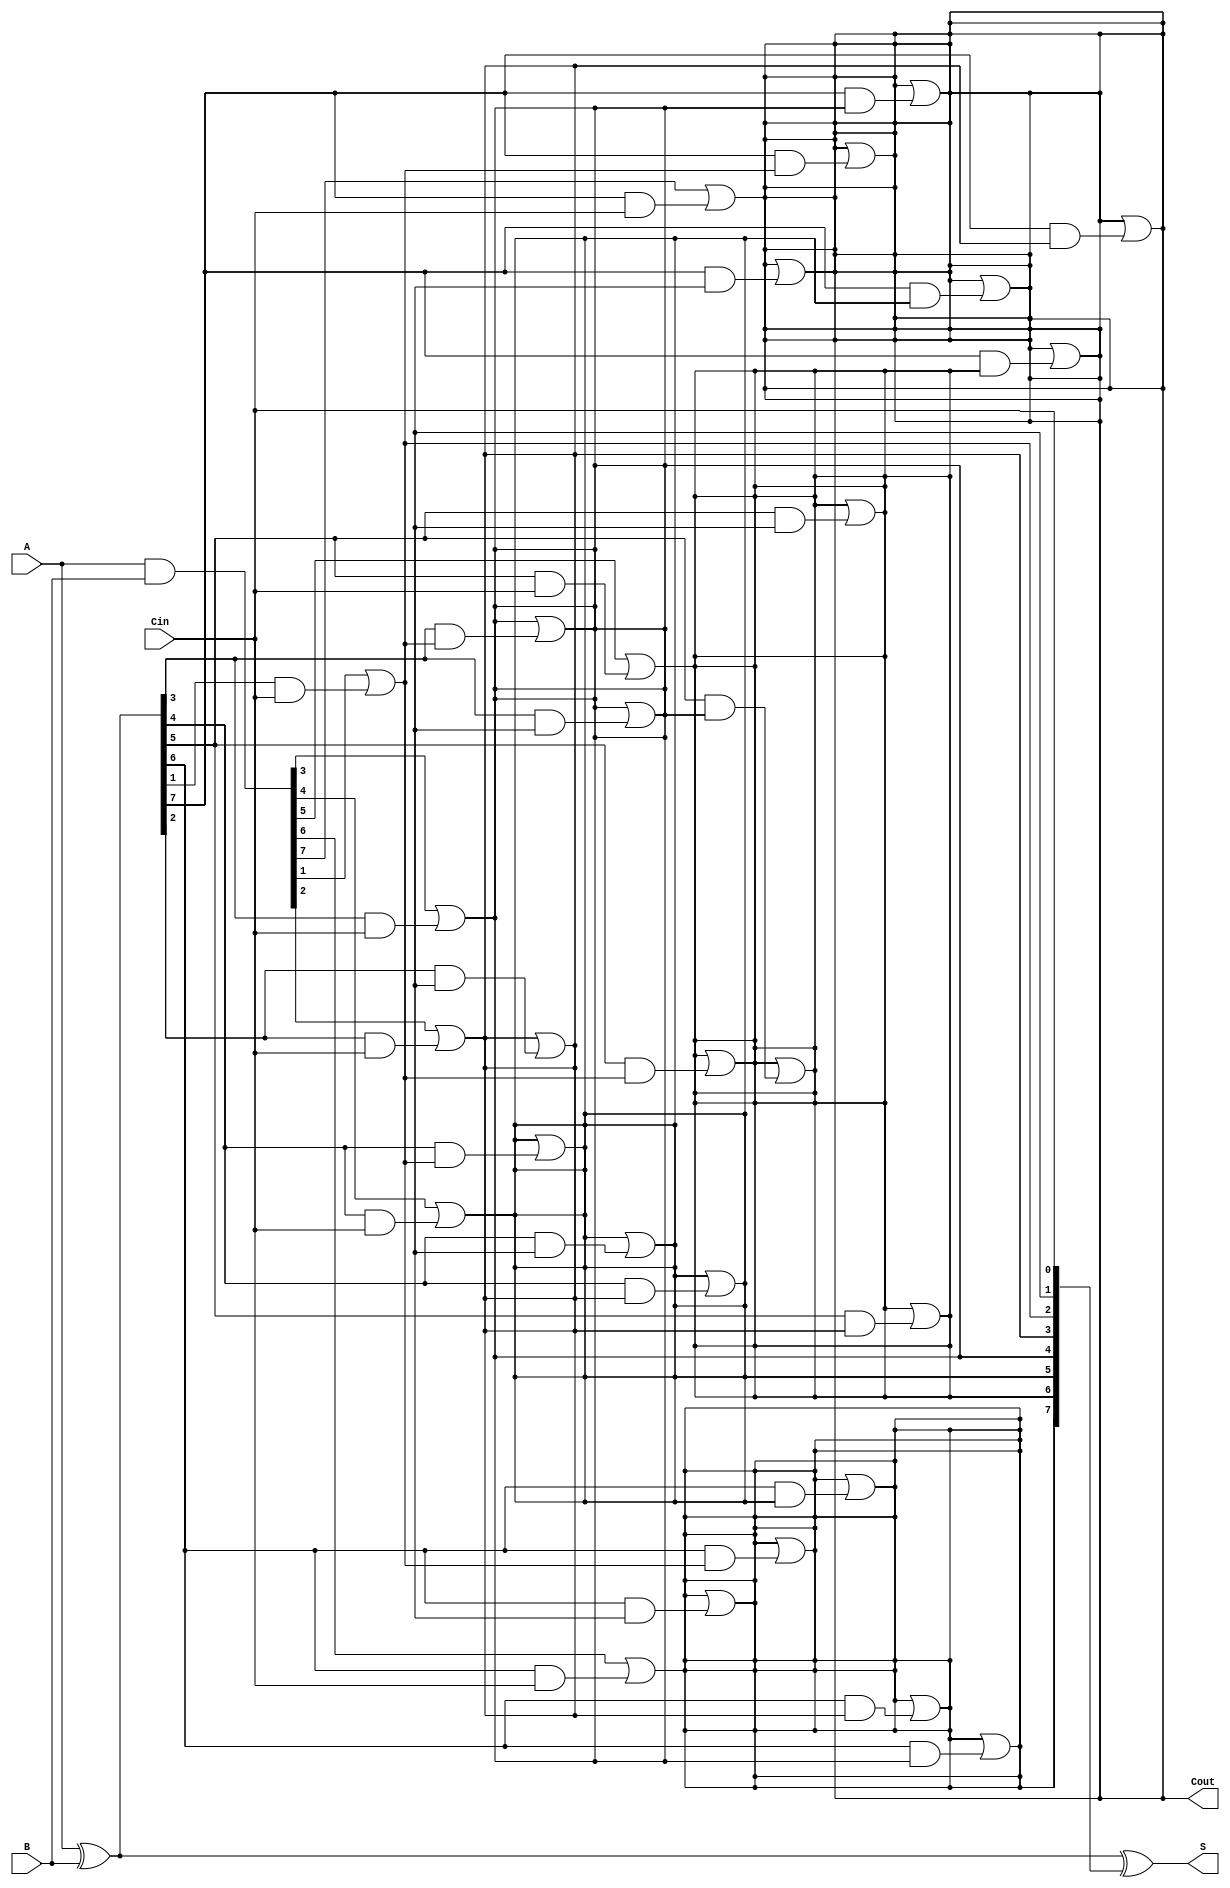
module KoggeStoneAdder #(parameter N = 8) (
    input  [N-1:0] A,      // First n-bit input
    input  [N-1:0] B,      // Second n-bit input
    input         Cin,      // Carry-in
    output [N-1:0] S,      // n-bit sum output
    output        Cout      // Carry-out
);

    // Generate and Propagate signals
    wire [N-1:0] G; // Generate
    wire [N-1:0] P; // Propagate
    wire [N:0] C;   // Carry signals

    // Preprocessing stage
    assign G = A & B;          // Generate
    assign P = A ^ B;          // Propagate

    // Carry generation stage
    assign C[0] = Cin;         // Initial carry-in

    genvar i, j, k;
    generate
        // Kogge-Stone carry generation
        for (i = 0; i < N; i = i + 1) begin : carry_gen
            for (j = 0; j < i; j = j + 1) begin : carry_level
                if (j == 0) begin
                    assign C[i+1] = G[i] | (P[i] & C[j]);
                end else begin
                    assign C[i+1] = C[i+1] | (P[i] & C[j]);
                end
            end
        end
    endgenerate

    // Sum generation stage
    assign S = P ^ C[N-1:0]; // Sum bits
    assign Cout = C[N];      // Final carry-out

endmodule